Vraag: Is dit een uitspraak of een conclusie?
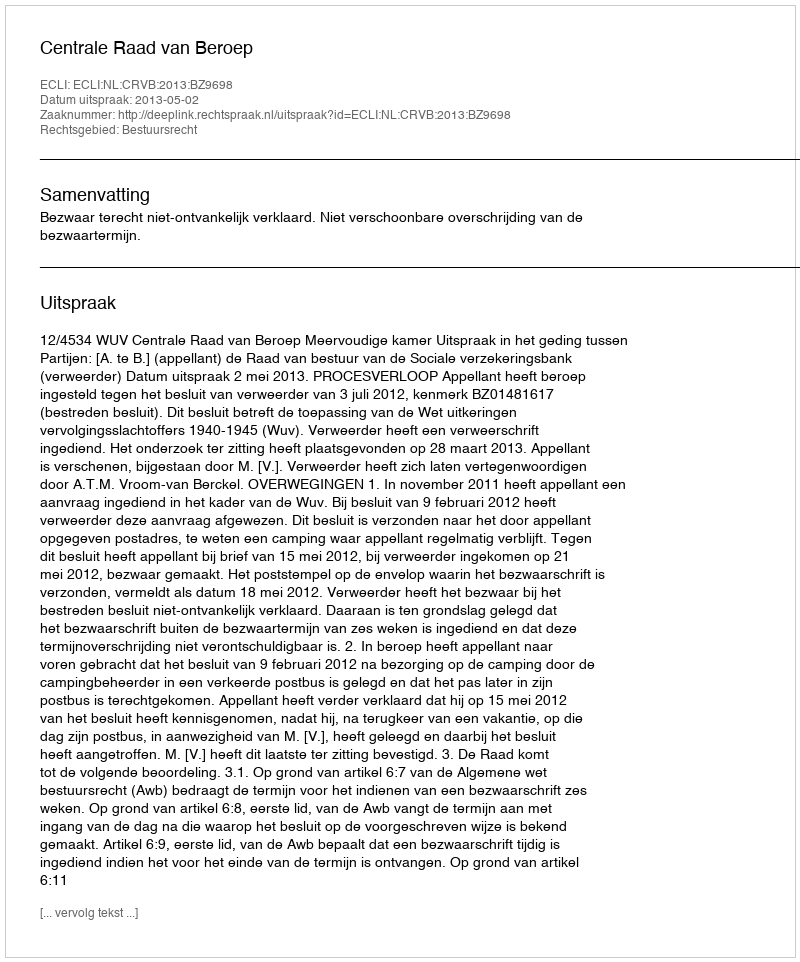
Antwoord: Uitspraak